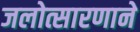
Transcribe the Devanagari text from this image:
जलोत्सारणाने